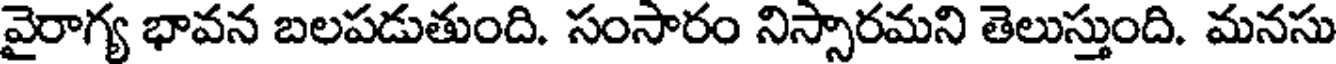
వైరాగ్య భావన బలపడుతుంది. సంసారం నిస్సారమని తెలుస్తుంది. మనసు